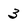
Character: 3